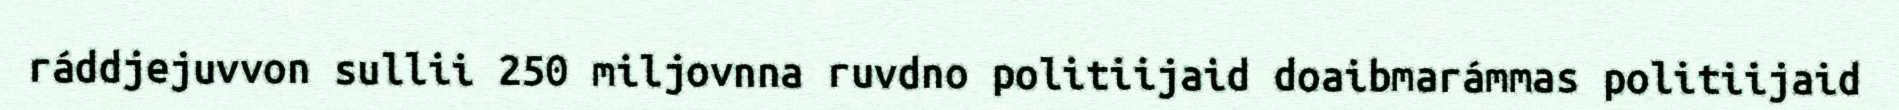
ráddjejuvvon sullii 250 miljovnna ruvdno politiijaid doaibmarámmas politiijaid